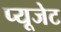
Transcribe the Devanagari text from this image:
प्यूजेट